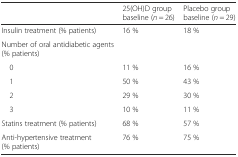
<table><thead><tr><td></td><td><b>25(OH)D group baseline (<i>n</i> = 26)</b></td><td><b>Placebo group baseline (<i>n</i> = 29)</b></td></tr></thead><tbody><tr><td>Insulin treatment (% patients)</td><td>16 %</td><td>18 %</td></tr><tr><td>Number of oral antidiabetic agents (% patients)</td><td></td><td></td></tr><tr><td> 0</td><td>11 %</td><td>16 %</td></tr><tr><td> 1</td><td>50 %</td><td>43 %</td></tr><tr><td> 2</td><td>29 %</td><td>30 %</td></tr><tr><td> 3</td><td>10 %</td><td>11 %</td></tr><tr><td>Statins treatment (% patients)</td><td>68 %</td><td>57 %</td></tr><tr><td>Anti-hypertensive treatment (% patients)</td><td>76 %</td><td>75 %</td></tr></tbody></table>